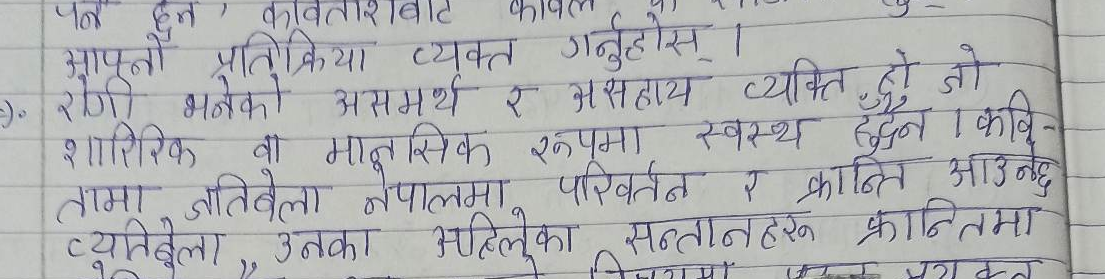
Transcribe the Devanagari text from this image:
आफ्नो प्रतिक्रिया व्यक्त गर्नुहोस्।
रोगी भनेको असमर्थ र असहाय व्यक्ति हुन् जो
शारीरिक वा मानसिक रूपमा स्वस्थ हुदैन । कवि-
तामा जाँतिवेला नेपालमा परिवर्तन र क्रान्ति आउछ।
व्यक्तिबेला उनका अहिलेका सन्तानहरू क्रान्तिमा